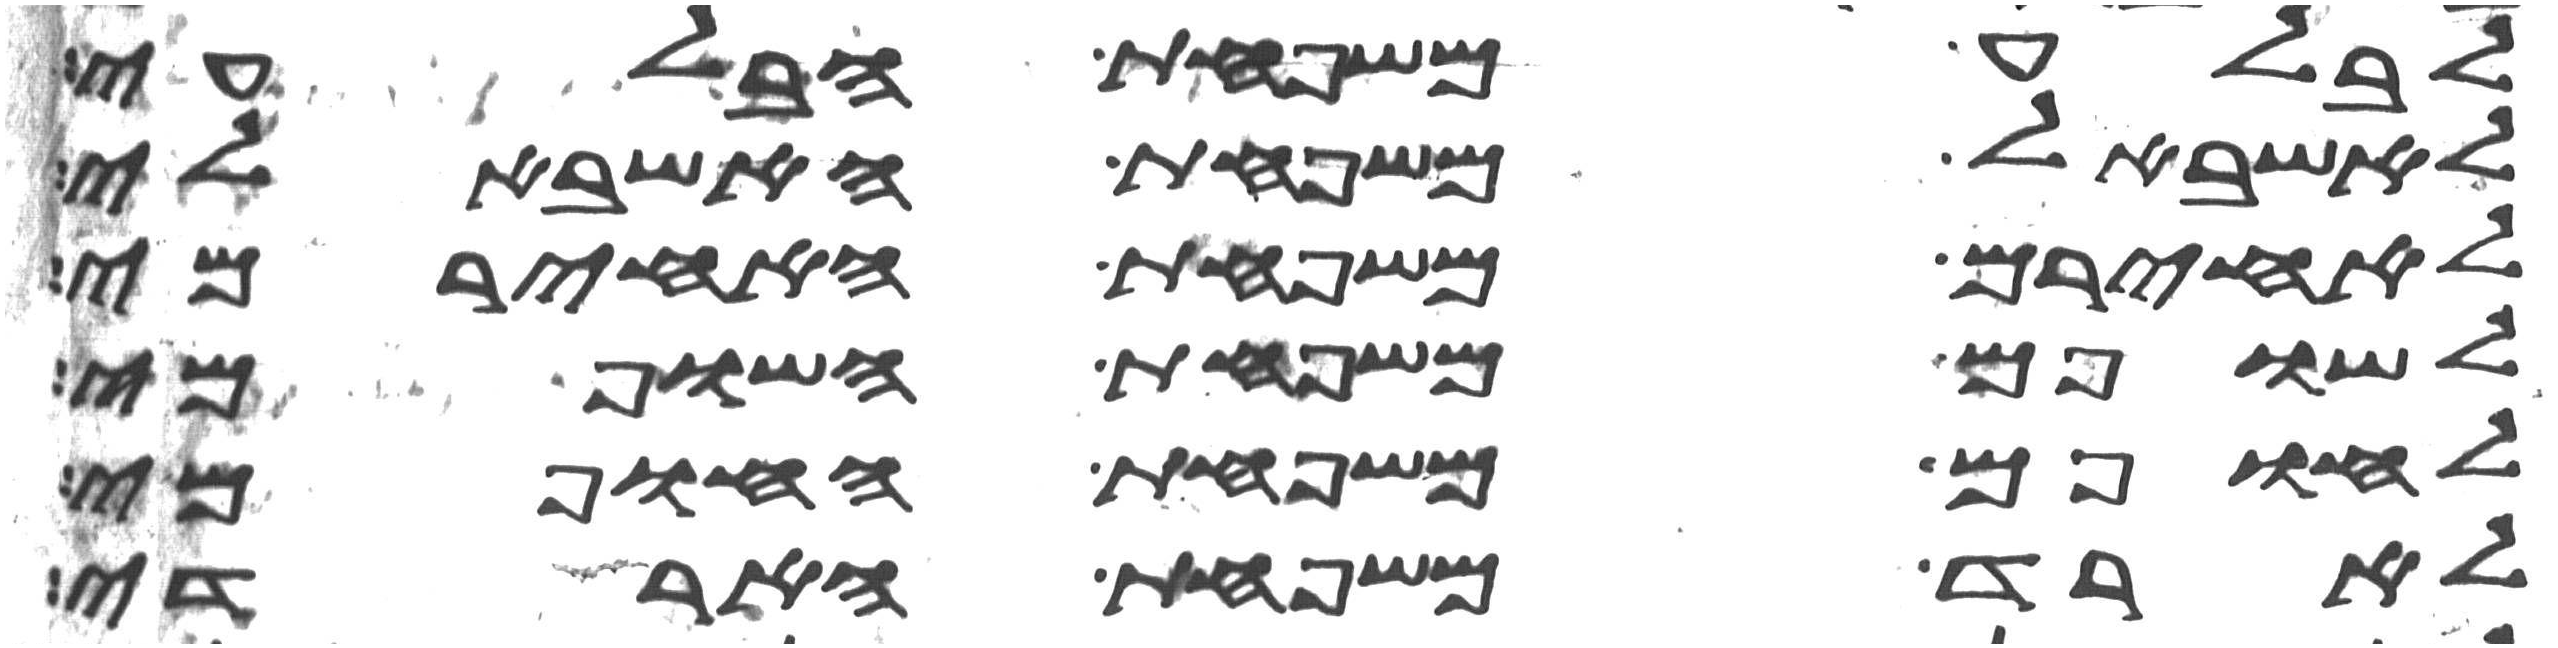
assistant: לבלע משפחת הבלעי
לאשבל משפחת האשבלי
לאחירם משפחת האחירמי
לשופם משפחת השופמי
לחופם משפחת החופמי
לארד משפחת הארדי